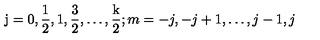
\mathrm { j = 0 , \frac 1 2 , 1 , \frac 3 2 , \dots , \frac k 2 } ; m = - j , - j + 1 , \dots , j - 1 , j